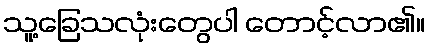
သူ့ခြေသလုံးတွေပါ တောင့်လာ၏။